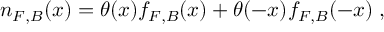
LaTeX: n _ { F , B } ( x ) = \theta ( x ) f _ { F , B } ( x ) + \theta ( - x ) f _ { F , B } ( - x ) \; ,